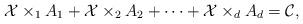
LaTeX: \begin{align*}{} \mathcal{X}\times_1A_1+\mathcal{X}\times_2A_2+\dots+\mathcal{X}\times_dA_d=\mathcal{C}, \end{align*}